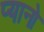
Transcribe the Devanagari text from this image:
प्यानो